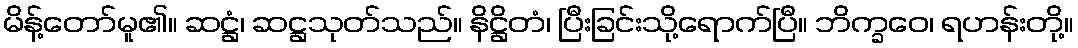
မိန့်တော်မူ၏။ ဆဋ္ဌံ၊ ဆဋ္ဌသုတ်သည်။ နိဋ္ဌိတံ၊ ပြီးခြင်းသို့ရောက်ပြီ။ ဘိက္ခဝေ၊ ရဟန်းတို့။